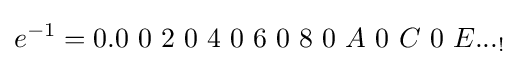
e^{-1}=0.0\ 0\ 2\ 0\ 4\ 0\ 6\ 0\ 8\ 0\ A\ 0\ C\ 0\ E..._{!}